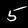
Digit: 5